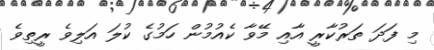
މި ފަދަ ތަރުކާރީ އާއި މޭވާ ކެއުމުން ހަމުގެ ކުލަ އަލިވެ ރީތިވެ